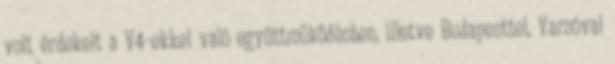
volt érdekelt a V4-ekkel való együttműködésben, illetve Budapesttel, Varsóval